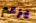
يزعم